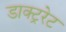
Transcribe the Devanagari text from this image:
डाक्ट्ररेट